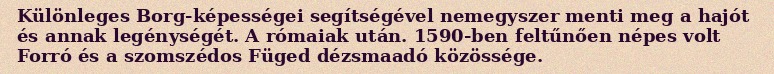
Különleges Borg-képességei segítségével nemegyszer menti meg a hajót és annak legénységét. A rómaiak után. 1590-ben feltűnően népes volt Forró és a szomszédos Füged dézsmaadó közössége.